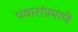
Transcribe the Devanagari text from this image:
पवारांप्रमाणे